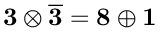
\mathbf { 3 } \otimes \mathbf { \overline { { 3 } } } = \mathbf { 8 } \oplus \mathbf { 1 }